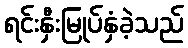
ရင်းနှီးမြုပ်နှံခဲ့သည်